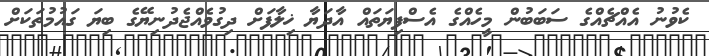
ކެވުނު އެއްޗެއްގެ ސަބަބުން މީހެއްގެ އެސްފިޔަތައް އާދަޔާ ޚިލާފަށް ދިގުވެއްޖެދުނިޔޭގެ ބިޔަ ގައުމުތަކަށް